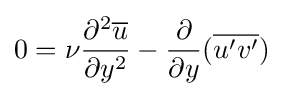
0={\nu }{\partial ^{2}{\overline {u}} \over \partial y^{2}}-{\frac {\partial }{\partial y}}({\overline {u'v'}})